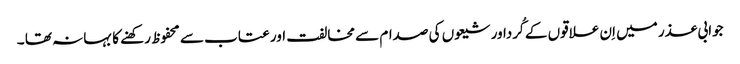
جوابی عذر میں اِن علاقوں کے کُرداور شیعوں کی صدام سے مخالفت اور عتاب سے محفوظ رکھنے کا بہانہ تھا ۔